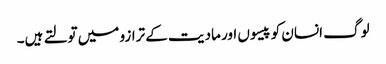
لوگ انسان کو پیسوں اور مادیت کے ترازو میں تولتے ہیں۔